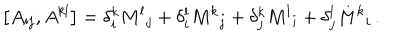
\left[ A _ { i j } , A ^ { k l } \right] = \delta _ { i } ^ { k } { M ^ { l } } _ { j } + \delta _ { i } ^ { l } { M ^ { k } } _ { j } + \delta _ { j } ^ { k } { M ^ { l } } _ { i } + \delta _ { j } ^ { l } { M ^ { k } } _ { i } \, .